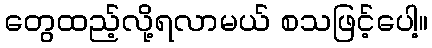
တွေထည့်လို့ရလာမယ် စသဖြင့်ပေါ့။